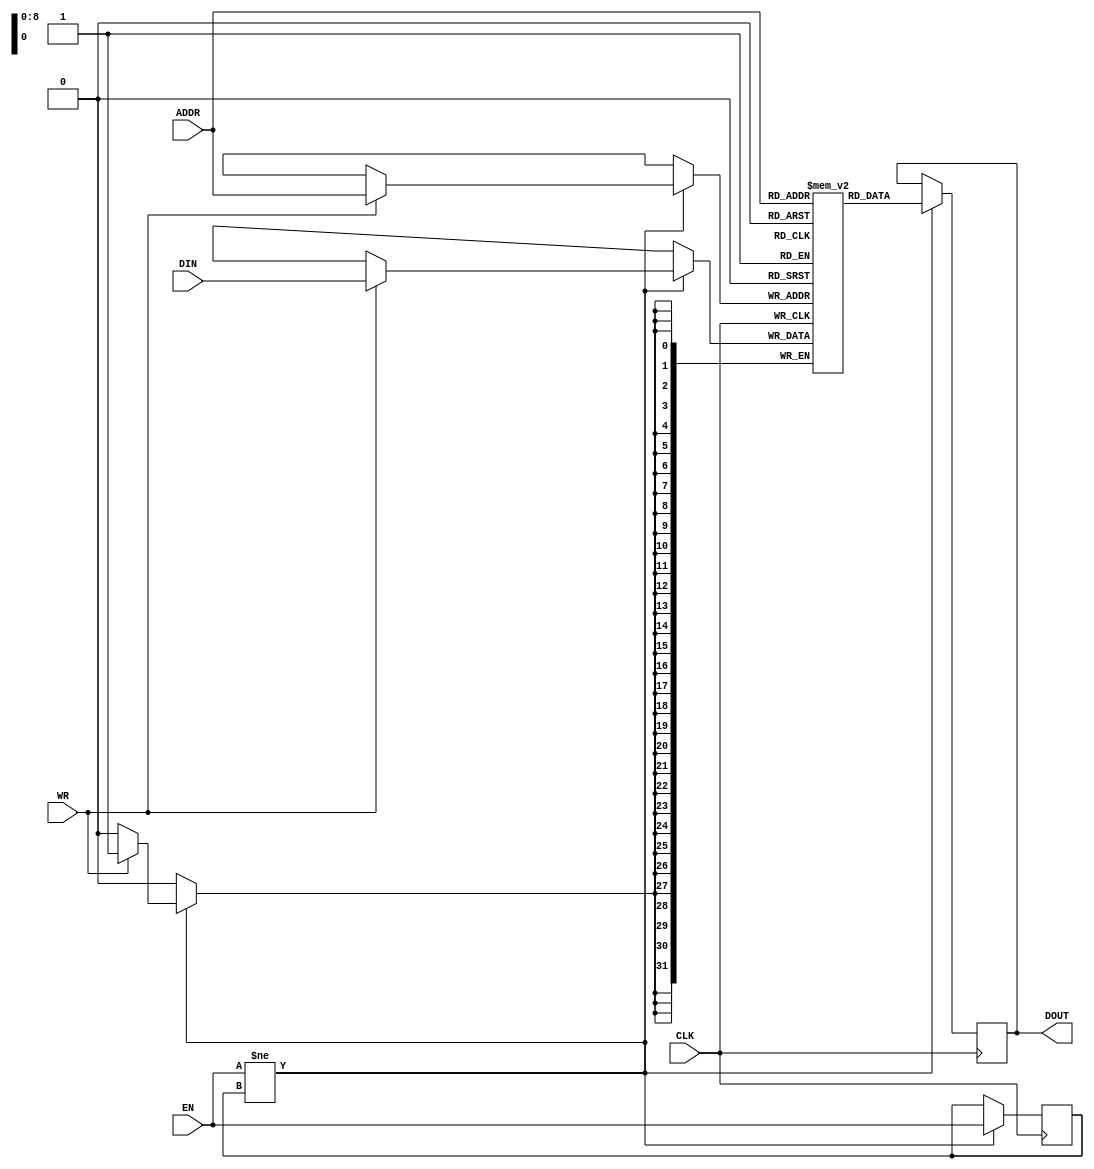
`timescale 1ns / 1ps

module memory(CLK, DIN, DOUT, EN, WR, ADDR);

	input CLK;
	input [31:0] DIN;
	output [31:0] DOUT;
	input EN;
	input WR;
	input [8:0] ADDR;

	reg [31:0] mem[0:511];
//	reg [7:0] mem0[0:511];
//	reg [7:0] mem1[0:511];
//	reg [7:0] mem2[0:511];
//	reg [7:0] mem3[0:511];

	reg [31:0] dout_reg;
	assign DOUT = dout_reg;
//	reg [8:0] addr_reg;
//	assign DOUT = mem[addr_reg];

	reg en_old;

always @(posedge CLK)
begin
	if (EN != en_old)
	begin
		en_old <= EN;
		if (WR == 1'b1)
		begin
			mem[ADDR] <= DIN;
//			mem0[ADDR] <= DIN[ 7: 0];
//			mem1[ADDR] <= DIN[15: 8];
//			mem2[ADDR] <= DIN[23:16];
//			mem3[ADDR] <= DIN[31:24];
		end
		dout_reg <= mem[ADDR];
//		dout_reg[ 7: 0] <= mem0[ADDR];
//		dout_reg[15: 8] <= mem1[ADDR];
//		dout_reg[23:16] <= mem2[ADDR];
//		dout_reg[31:24] <= mem3[ADDR];
//		addr_reg <= ADDR;
	end
end

endmodule